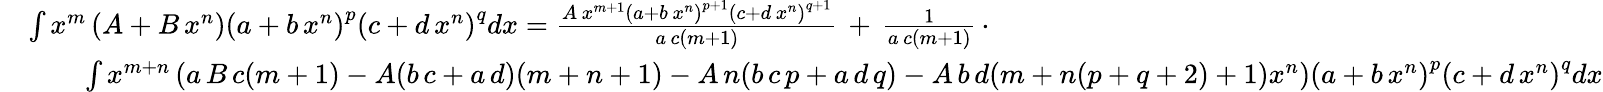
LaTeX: {\begin{array}{rl}&{\int x^{m}\left(A+B\, x^{n}\right)\left(a+b\, x^{n}\right)^{p}\left(c+d\, x^{n}\right)^{q}dx={\frac{A\, x^{m+1}\left(a+b\, x^{n}\right)^{p+1}\left(c+d\, x^{n}\right)^{q+1}}{a\, c(m+1)}}\, +\, {\frac{1}{a\, c(m+1)}}\, \cdot}\\ &{\qquad\int x^{m+n}\left(a\, B\, c(m+1)-A(b\, c+a\, d)(m+n+1)-A\, n(b\, c\, p+a\, d\, q)-A\, b\, d(m+n(p+q+2)+1)x^{n}\right)\left(a+b\, x^{n}\right)^{p}\left(c+d\, x^{n}\right)^{q}dx}\end{array}}